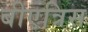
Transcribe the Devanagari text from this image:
बीएत्रिस